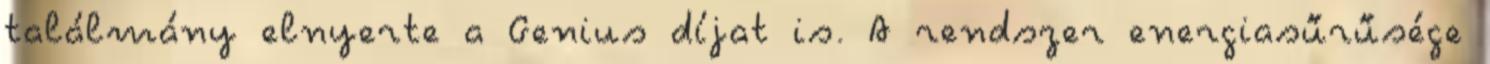
találmány elnyerte a Genius díjat is. A rendszer energiasűrűsége